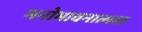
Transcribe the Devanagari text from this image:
मनोभावनात्मक